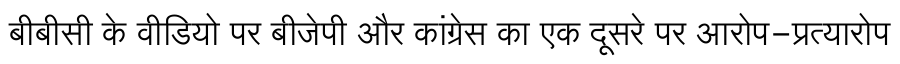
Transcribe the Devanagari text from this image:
बीबीसी के वीडियो पर बीजेपी और कांग्रेस का एक दूसरे पर आरोप-प्रत्यारोप